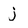
Character: j